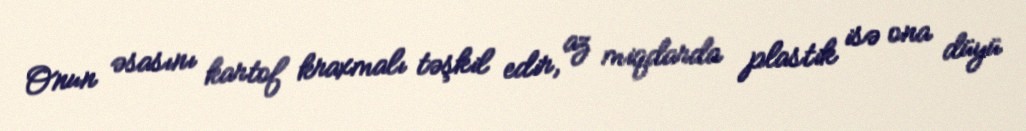
Onun əsasını kartof kraxmalı təşkil edir, az miqdarda plastik isə ona düyü